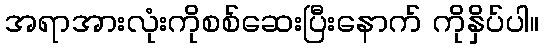
အရာအားလုံးကိုစစ်ဆေးပြီးနောက် ကိုနှိပ်ပါ။